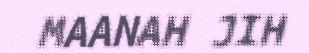
MAANAH JIH